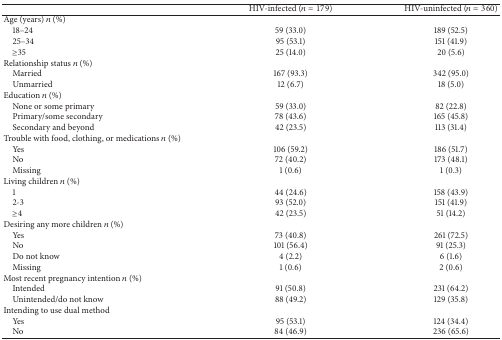
<table><thead><tr><td><b> </b></td><td><b>HIV-infected (<i>n</i> = 179)</b></td><td><b>HIV-uninfected (<i>n</i> = 360)</b></td></tr></thead><tbody><tr><td>Age (years) <i>n</i> (%)</td><td> </td><td> </td></tr><tr><td> 18–24</td><td>59 (33.0)</td><td>189 (52.5)</td></tr><tr><td> 25–34</td><td>95 (53.1)</td><td>151 (41.9)</td></tr><tr><td> ≥35</td><td>25 (14.0)</td><td>20 (5.6)</td></tr><tr><td>Relationship status <i>n</i> (%)</td><td> </td><td> </td></tr><tr><td> Married</td><td>167 (93.3)</td><td>342 (95.0)</td></tr><tr><td> Unmarried</td><td>12 (6.7)</td><td>18 (5.0)</td></tr><tr><td>Education <i>n</i> (%)</td><td> </td><td> </td></tr><tr><td> None or some primary</td><td>59 (33.0)</td><td>82 (22.8)</td></tr><tr><td> Primary/some secondary</td><td>78 (43.6)</td><td>165 (45.8)</td></tr><tr><td> Secondary and beyond</td><td>42 (23.5)</td><td>113 (31.4)</td></tr><tr><td>Trouble with food, clothing, or medications <i>n</i> (%)</td><td> </td><td> </td></tr><tr><td> Yes</td><td>106 (59.2)</td><td>186 (51.7)</td></tr><tr><td> No</td><td>72 (40.2)</td><td>173 (48.1)</td></tr><tr><td> Missing</td><td>1 (0.6)</td><td>1 (0.3)</td></tr><tr><td>Living children <i>n</i> (%)</td><td> </td><td> </td></tr><tr><td> 1</td><td>44 (24.6)</td><td>158 (43.9)</td></tr><tr><td> 2-3</td><td>93 (52.0)</td><td>151 (41.9)</td></tr><tr><td> ≥4</td><td>42 (23.5)</td><td>51 (14.2)</td></tr><tr><td>Desiring any more children <i>n</i> (%)</td><td> </td><td> </td></tr><tr><td> Yes</td><td>73 (40.8)</td><td>261 (72.5)</td></tr><tr><td> No</td><td>101 (56.4)</td><td>91 (25.3)</td></tr><tr><td> Do not know</td><td>4 (2.2)</td><td>6 (1.6)</td></tr><tr><td> Missing</td><td>1 (0.6)</td><td>2 (0.6)</td></tr><tr><td>Most recent pregnancy intention <i>n</i> (%)</td><td> </td><td> </td></tr><tr><td> Intended</td><td>91 (50.8)</td><td>231 (64.2)</td></tr><tr><td> Unintended/do not know</td><td>88 (49.2)</td><td>129 (35.8)</td></tr><tr><td>Intending to use dual method</td><td> </td><td> </td></tr><tr><td> Yes</td><td>95 (53.1)</td><td>124 (34.4)</td></tr><tr><td> No</td><td>84 (46.9)</td><td>236 (65.6)</td></tr></tbody></table>